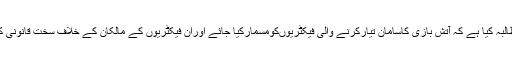
عوامی حلقوںنے مطالبہ کیا ہے کہ آتش بازی کاسامان تیارکرنے والی فیکٹریوںکومسمارکیا جائے اوران فیکٹریوں کے مالکان کے خلاف سخت قانونی کارروائی کی جائے۔